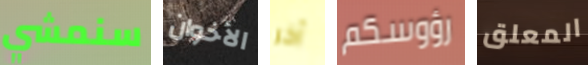
سنمشي الأخوان آخر رؤوسكم المعلق